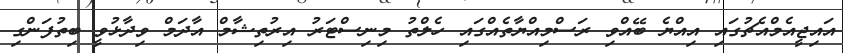
އައިޖީއެމްއެޗުގައި އިއްޔެ ބޭއްވި ރަސްމިއްޔާތެއްގައި ހެލްތު މިނިސްޓަރު އިރުތިޝާމް އާދަމް ވިދާޅުވީ ބިތުފަންގި